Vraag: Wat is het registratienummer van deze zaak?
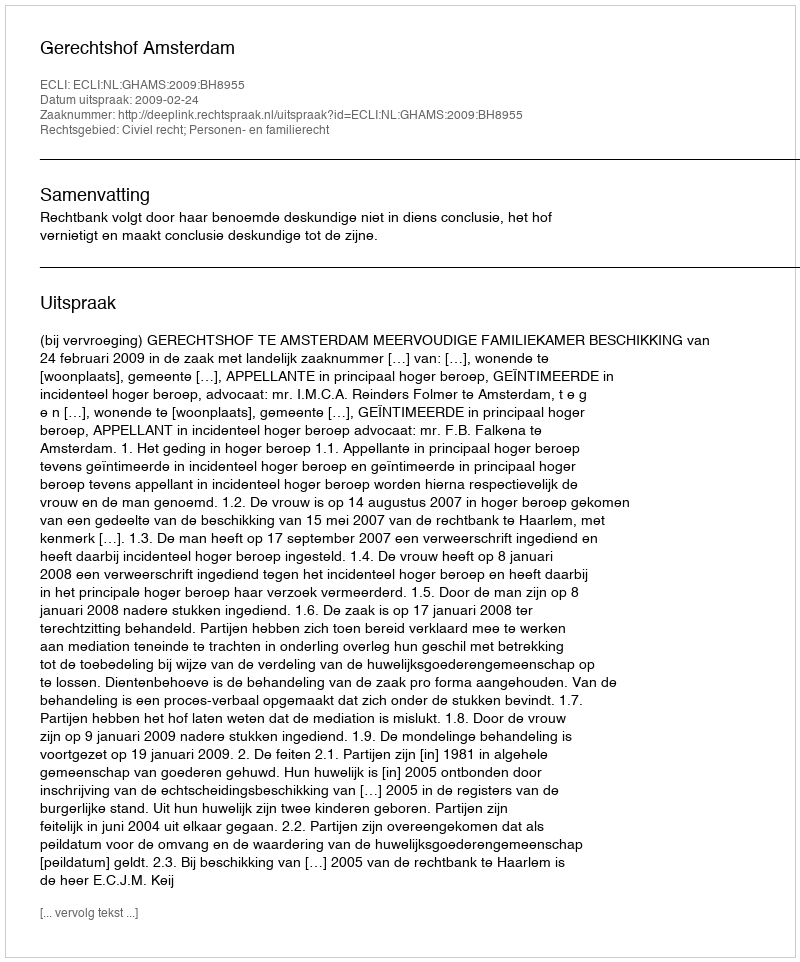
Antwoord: http://deeplink.rechtspraak.nl/uitspraak?id=ECLI:NL:GHAMS:2009:BH8955